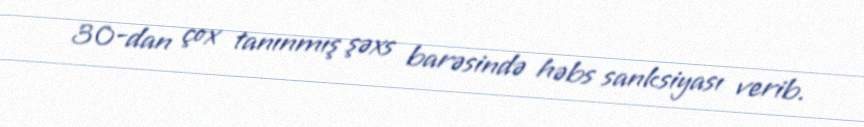
30-dan çox tanınmış şəxs barəsində həbs sanksiyası verib.